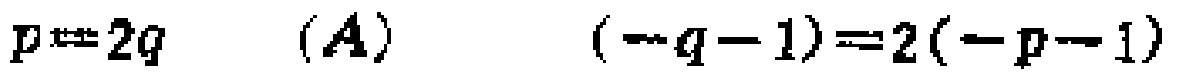
\(p = 2q\quad (A)\quad (-q - 1)=2(-p - 1)\)